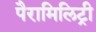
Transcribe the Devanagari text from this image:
पैरामिलिट्री